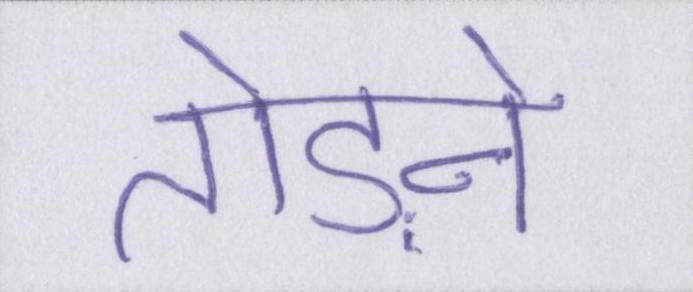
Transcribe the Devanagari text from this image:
तोड़ने